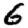
Digit: 6